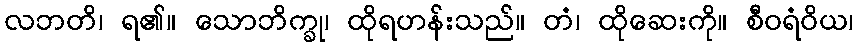
လဘတိ၊ ရ၏။ သောဘိက္ခု၊ ထိုရဟန်းသည်။ တံ၊ ထိုဆေးကို။ စီဝရံဝိယ၊